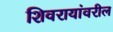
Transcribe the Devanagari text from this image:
शिवरायांवरील